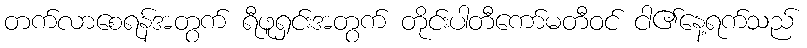
တက်လာစေရန်အတွက် ရီဖူရှင်းအတွက် တိုင်းပါတီကော်မတီဝင် ငါ၏နေ့ရက်သည်